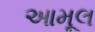
આમૂલ